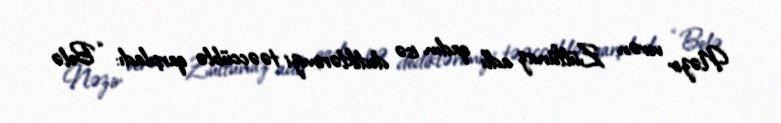
Nəzir verən Zülfünaz adlı qadın isə dediklərimizi təəccüblə qarşıladı: “Belə